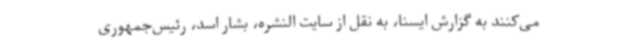
می‌کنند به گزارش ایسنا، به نقل از سایت النشره، بشار اسد،‌ رئیس‌جمهوری